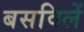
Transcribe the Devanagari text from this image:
बसविलें